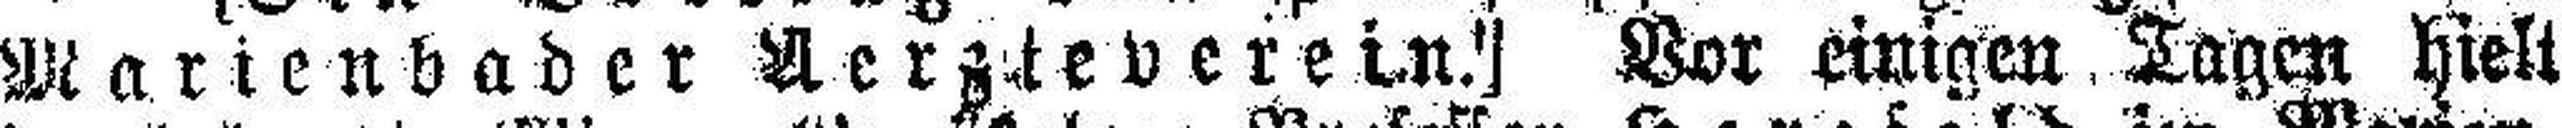
Marienbader Aerzteverein!] Vor einigen Tagen hielt